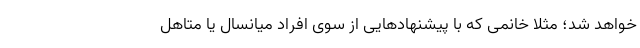
خواهد شد؛ مثلا خانمی که با پیشنهادهایی از سوی افراد میانسال یا متاهل